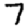
Digit: 7